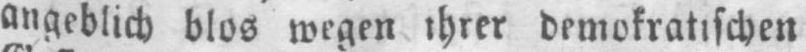
angeblich blos wegen ihrer demokratischen